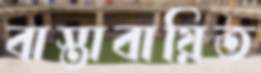
বাস্তাবায়িত